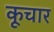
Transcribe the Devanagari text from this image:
कूचार